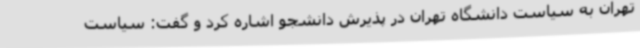
تهران به سیاست دانشگاه تهران در پذیرش دانشجو اشاره کرد و گفت: سیاست